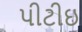
પીટીઇ